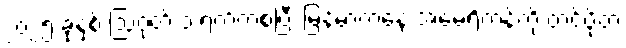
၂၀၂၅ ခုနှစ် ဩဂုတ် ၁ ရက်ကစပြီး မြန်မာကနေ အမေရိကန်ကို တင်ပို့တဲ့